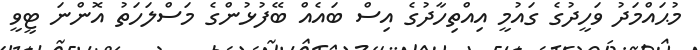
މުޙައްމަދު ވަހީދުގެ ގައުމީ އިއްތިހާދުގެ އިސް ބައެއް ބޭފުޅުންގެ މަސްލަހަތު އޮންނަ ޓީވީ